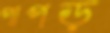
পাপড়